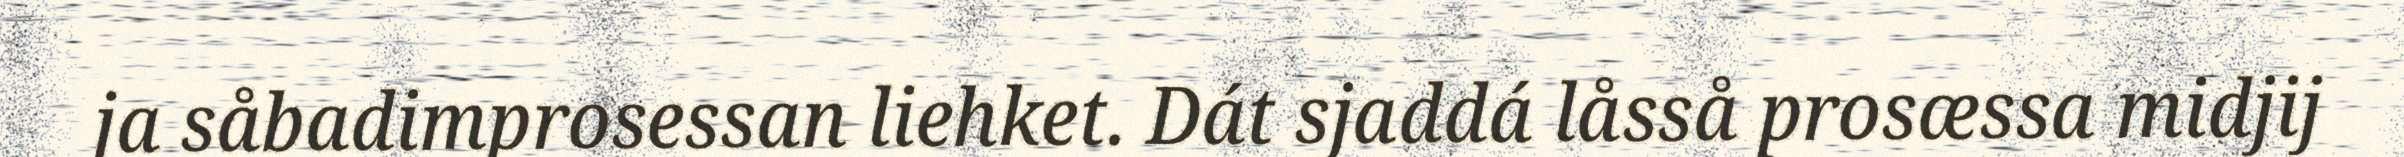
ja såbadimprosessan liehket. Dát sjaddá låsså prosæssa midjij